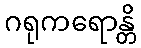
ဂရုကရောန္တိ